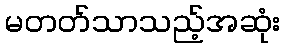
မတတ်သာသည့်အဆုံး